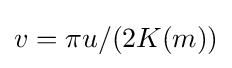
v=\pi u/(2K(m))